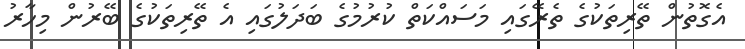
އެގޮތުން ތޭރިތަކުގެ ތެރޭގައި މަސައްކަތް ކުރުމުގެ ބަދަލުގައި އެ ތޭރިތަކުގެ ބޭރުން މިހާރު